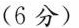
(6分)